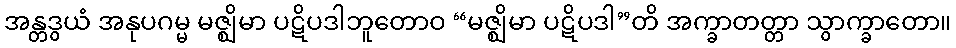
အန္တဒွယံ အနုပဂမ္မ မဇ္ဈိမာ ပဋိပဒါဘူတောဝ “မဇ္ဈိမာ ပဋိပဒါ”တိ အက္ခာတတ္တာ သွာက္ခာတော။